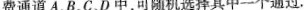
费通道A、B、C、D中，可随机选择其中一个通过.